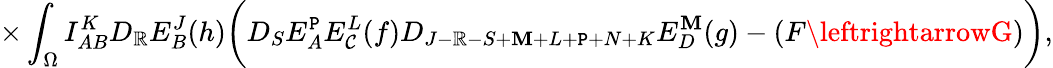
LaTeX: \times\int_{\Omega}I_{AB}^{K}D_{\mathbb{R}}E_{B}^{J}(h)\biggl(D_{S}E_{A}^{\mathtt{P}}E_{\mathcal{C}}^{L}(f)D_{J-\mathbb{R}-S+\mathbf{M}+L+\mathtt{P}+N+K}E_{D}^{\mathbf{M}}(g)-(F\leftrightarrowG)\biggr),